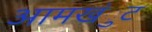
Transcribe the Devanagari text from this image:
आमखंुट